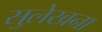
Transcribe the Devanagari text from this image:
सुलेखना